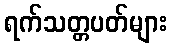
ရက်သတ္တပတ်များ